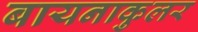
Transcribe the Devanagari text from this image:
बायनाकुलर